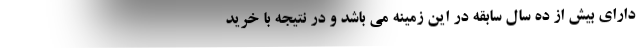
دارای بیش از ده سال سابقه در این زمینه می باشد و در نتیجه با خرید